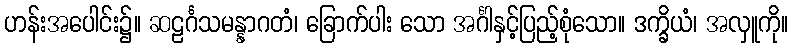
ဟန်းအပေါင်း၌။ ဆဠင်္ဂသမန္နာဂတံ၊ ခြောက်ပါး သော အင်္ဂါနှင့်ပြည့်စုံသော။ ဒက္ခိယံ၊ အလှူကို။